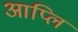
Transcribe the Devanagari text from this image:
आप्लि